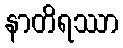
နာတိရဿာ